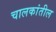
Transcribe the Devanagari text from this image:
चालकांतील